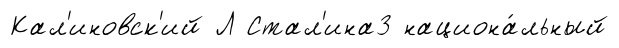
Кал'иновск'ий Л Стал'ина3 национа́льный